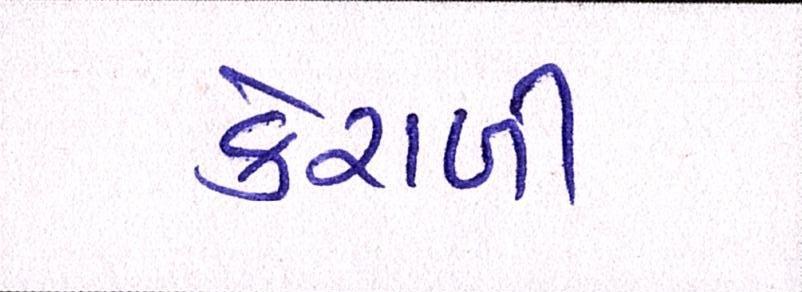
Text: કેરાળી